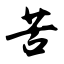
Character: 苦